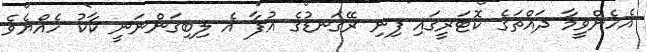
އެހެންވީމާ ދައްތަގެ ކޮޓަރީގައި ފިނި ރޭގަނޑުގެ އުފާ އެ ލިބިގަންނަނީ ކާކު ހެއްޔެވެ